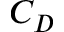
C _ { D }